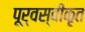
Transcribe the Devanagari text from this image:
पूर्वस्वीकृत